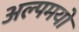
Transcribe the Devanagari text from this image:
अल्पमयो